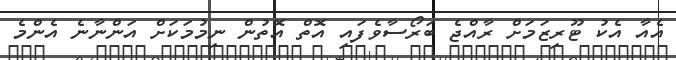
އެއާ އެކު ޓޫރިޒަމަށް ރާއްޖެ ބަރޯސާވެފައި އޮތް އޮތުން ނިމުމަކަށް އަންނާނެ އެންމެ